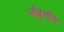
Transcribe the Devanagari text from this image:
भौवृत्तीय